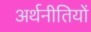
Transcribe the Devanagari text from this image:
अर्थनीतियों